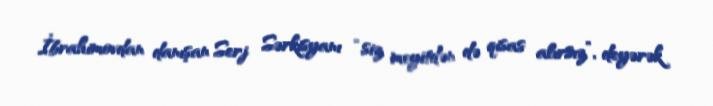
İbrahimovdan danışan Serj Sərkisyanı “siz meyitdən də qisas alırsız”, deyərək